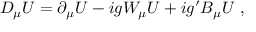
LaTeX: D _ { \mu } U = \partial _ { \mu } U - i g W _ { \mu } U + i g ^ { \prime } B _ { \mu } U ~ ,